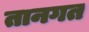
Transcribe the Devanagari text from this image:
तानगत